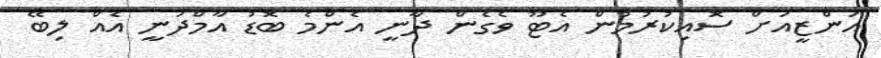
އަންޒީއަށް ސޮއިކުރުމުން އެޓޫ ވެގެން ދާނީ އެންމެ ބޮޑު އާމްދަނީ އެއް ލިބޭ